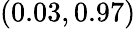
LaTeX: (0.03,0.97)